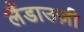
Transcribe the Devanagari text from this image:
लैंडाउज़ी